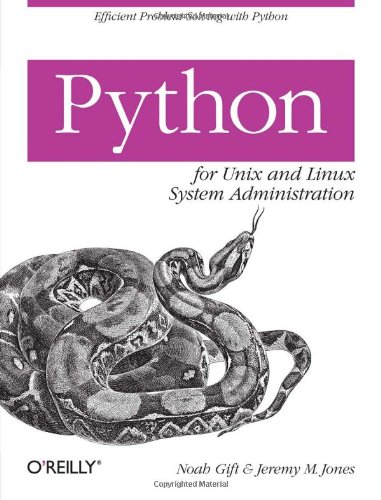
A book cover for Python for Unix and Linux System Administration; Noah Gift; Computers & Technology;